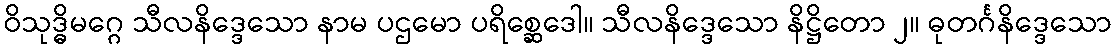
ဝိသုဒ္ဓိမဂ္ဂေ သီလနိဒ္ဒေသော နာမ ပဌမော ပရိစ္ဆေဒေါ။ သီလနိဒ္ဒေသော နိဋ္ဌိတော ၂။ ဓုတင်္ဂနိဒ္ဒေသော